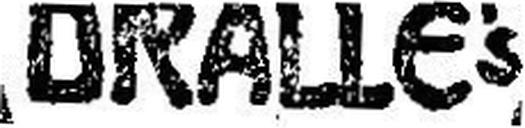
DRALIE's